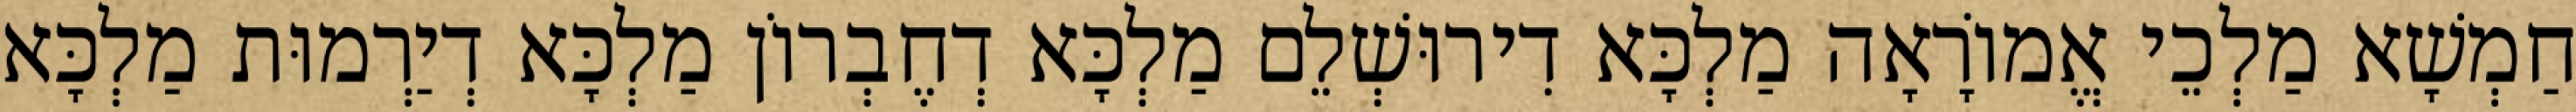
חַמְשָׁא מַלְכֵי אֱמוֹרָאָה מַלְכָּא דִירוּשְׁלֵם מַלְכָּא דְחֶבְרוֹן מַלְכָּא דְיַרְמוּת מַלְכָּא